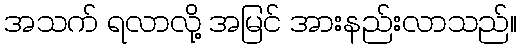
အသက် ရလာလို့ အမြင် အားနည်းလာသည်။